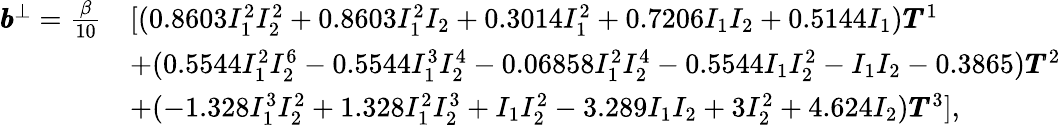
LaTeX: \begin{array}{rl}{\pmb{b}^{\bot}=\frac{\beta}{10}}&{[(0.8603I_{1}^{2}I_{2}^{2}+0.8603I_{1}^{2}I_{2}+0.3014I_{1}^{2}+0.7206I_{1}I_{2}+0.5144I_{1})\pmb{T}^{1}}\\ &{+(0.5544I_{1}^{2}I_{2}^{6}-0.5544I_{1}^{3}I_{2}^{4}-0.06858I_{1}^{2}I_{2}^{4}-0.5544I_{1}I_{2}^{2}-I_{1}I_{2}-0.3865)\pmb{T}^{2}}\\ &{+(-1.328I_{1}^{3}I_{2}^{2}+1.328I_{1}^{2}I_{2}^{3}+I_{1}I_{2}^{2}-3.289I_{1}I_{2}+3I_{2}^{2}+4.624I_{2})\pmb{T}^{3}],}\end{array}